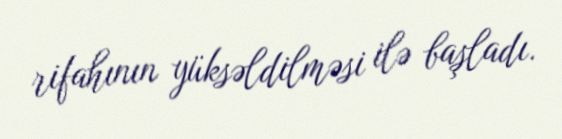
rifahının yüksəldilməsi ilə başladı.